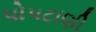
પોપટાણી